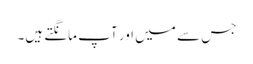
جس سے میں اور آپ مانگتے ہیں۔